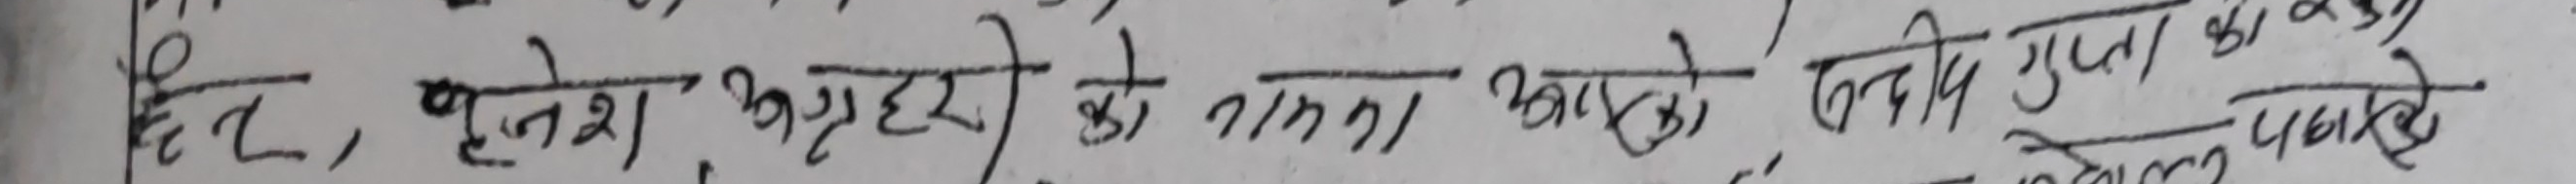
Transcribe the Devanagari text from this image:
चि, वृजेश, अग्रेरी को नामको लागि गुप्त का पाको.